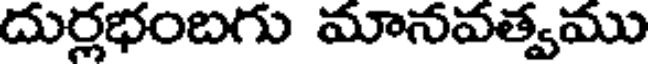
దుర్లభంబగు మానవత్వము